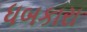
ધબકારા